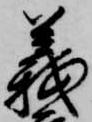
義